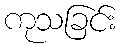
ကုသခြင်း